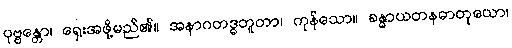
ပုဗ္ဗန္တော၊ ရှေးအဖို့မည်၏။ အနာဂတဒ္ဓဘူတာ၊ ကုန်သော။ ခန္ဓာယတနဓာတုယော၊